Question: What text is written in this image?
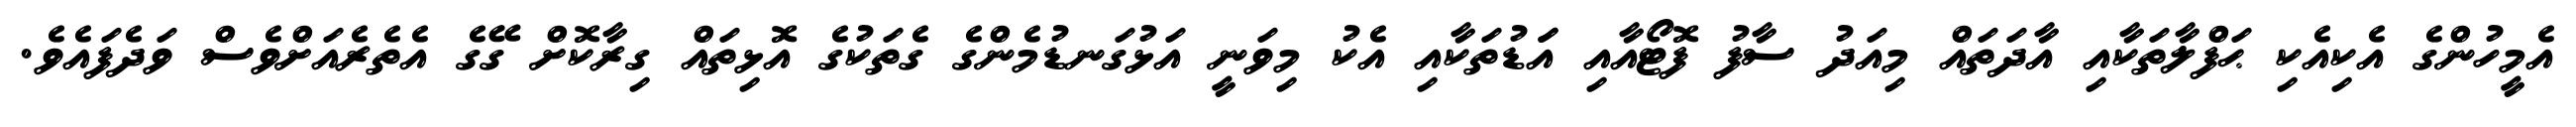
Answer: އެމީހުންގެ އެކިއެކި ޙަފްލާތަކާއި އާދަތައް މިއަދު ސާފު ފޮޓޯއާއި އަަޑުތަކާއި އެކު މިވަނީ އަޅުގަނޑުމެންގެ ގެތަކުގެ އޮޅިތައް ގިރާކޮށް ގޭގެ އެތެރެއަށްވެސް ވަދެފައެވެ.